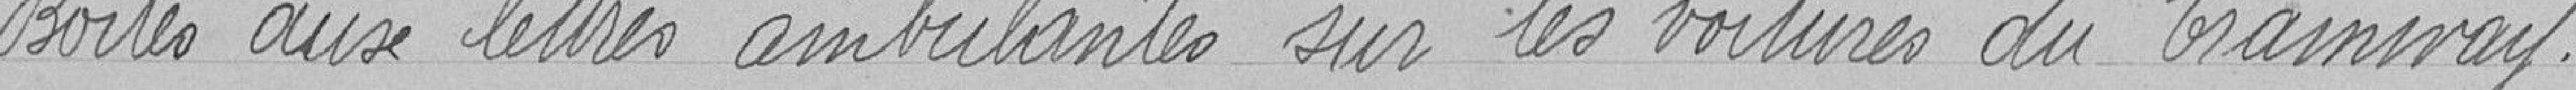
Boites aux lettres ambulantes dur les voitures du tramway.